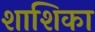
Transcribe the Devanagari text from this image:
शाशिका